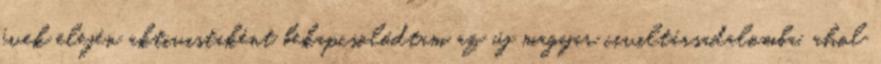
évek elején aktivistaként bekapcsolódtam az új magyar civiltársadalomba, ahol